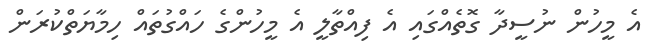
އެ މީހުން ނުސީދާ ގޮތެއްގައި އެ ފިއްތާލީ އެ މީހުންގެ ހައްގުތައް ހިމާޔަތްކުރަން